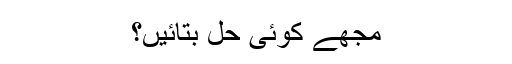
مجھے کوئی حل بتائیں؟